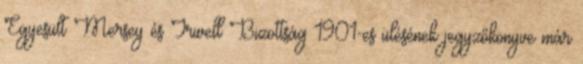
Egyesült Mersey és Irwell Bizottság 1901-es ülésének jegyzőkönyve már